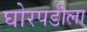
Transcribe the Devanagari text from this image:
घोरपडीला